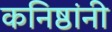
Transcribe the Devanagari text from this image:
कनिष्ठांनी